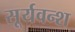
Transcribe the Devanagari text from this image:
सूर्यवन्श